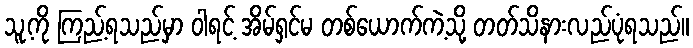
သူ့ကို ကြည့်ရသည်မှာ ဝါရင့် အိမ်ရှင်မ တစ်ယောက်ကဲ့သို့ တတ်သိနားလည်ပုံရသည်။